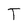
Character: T